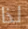
لذا